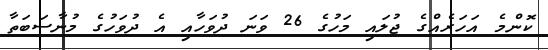
ކޮންމެ އަހަރެއްގެ ޖުލައި މަހުގެ 26 ވަނަ ދުވަހާއި އެ ދުވަހުގެ މުނާސަބަތާ